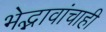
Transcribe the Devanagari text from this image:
भेद्भावांचाही